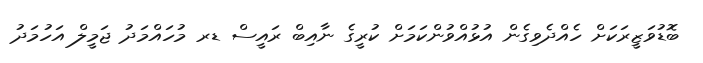
ބޮޑުވަޒީރަކަށް ހެއްދެވިގެން އުޅުއްވުންކަމަށް ކުރީގެ ނާއިބް ރައީސް ޑރ މުހައްމަދު ޖަމީލް އަހުމަދު